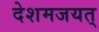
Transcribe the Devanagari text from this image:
देशमजयत्